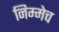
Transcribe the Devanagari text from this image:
निम्मेच